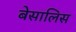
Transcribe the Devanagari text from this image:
बेसालिस